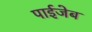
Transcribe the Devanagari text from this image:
पाईजेब